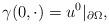
LaTeX: \begin{align*} \gamma(0, \cdot) = u^{0}|_{\partial \Omega}, \end{align*}